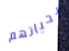
بحياتهم